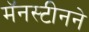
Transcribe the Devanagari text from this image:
मॅनस्टीनने